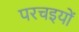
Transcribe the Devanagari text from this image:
परचइयों